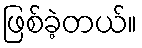
ဖြစ်ခဲ့တယ်။